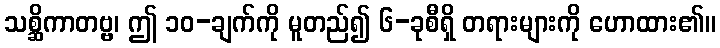
သစ္ဆိကာတဗ္ဗ၊ ဤ ၁၀-ချက်ကို မူတည်၍ ၆-ခုစီရှိ တရားများကို ဟောထား၏။